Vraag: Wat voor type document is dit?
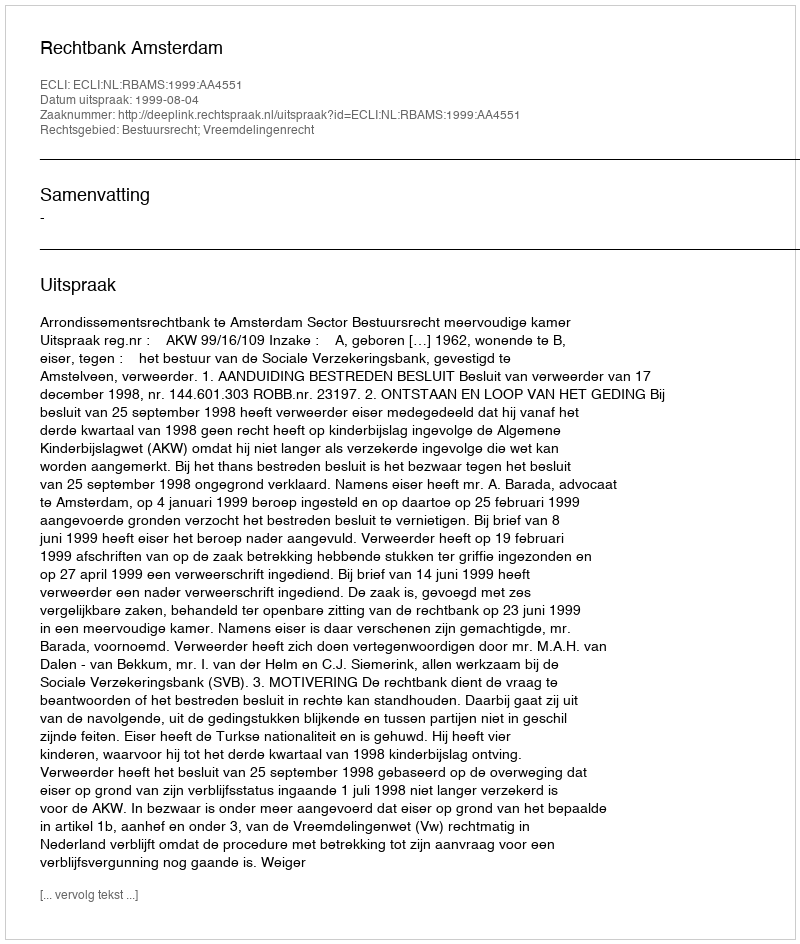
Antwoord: Uitspraak